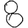
Digit: 8